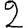
Digit: 2